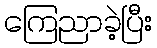
ကြေညာခဲ့ပြီး